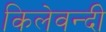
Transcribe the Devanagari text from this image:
किलेवन्दी